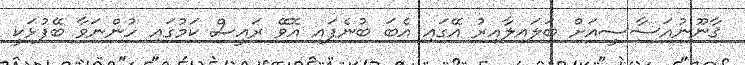
ޤާނޫނުއަސާސީއަށް ބަލައިލާއިރު އޭގައި އެބަ ބުނެފައި އޮވޭ ރައީސް ކަމުގައި ހުންނަވާ ބޭފުޅަކީ